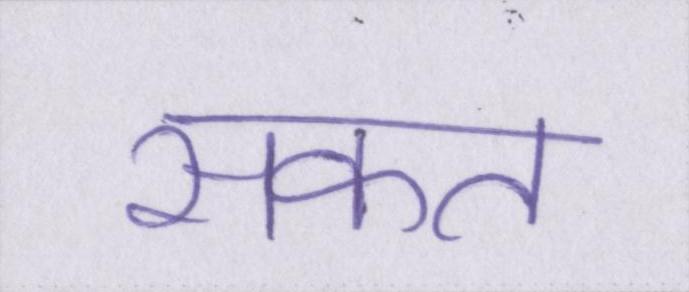
सकत